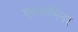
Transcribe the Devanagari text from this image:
एक्‍जामिनर